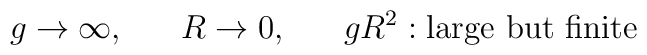
g\to \infty, \hspace{7mm} R\to 0, \hspace{7mm} gR^2:\mbox{large but finite}